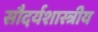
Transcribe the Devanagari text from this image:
सौदर्यशास्त्रीय